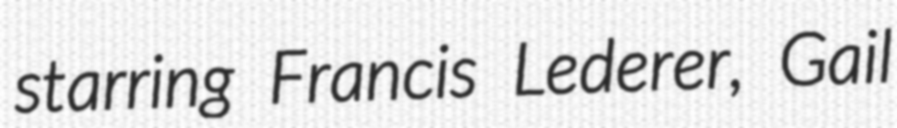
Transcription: starring Francis Lederer, Gail